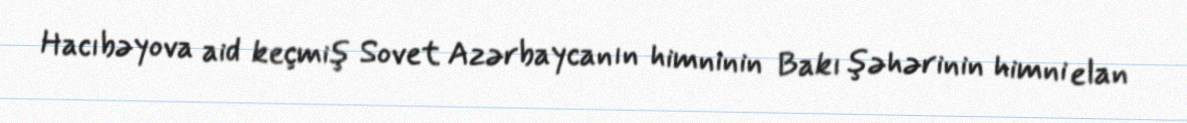
Hacıbəyova aid keçmiş Sovet Azərbaycanın himninin Bakı şəhərinin himni elan